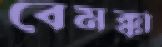
বেমক্কা